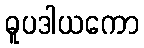
ဓူပဒါယကော